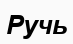
Ручь